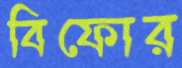
বিফোর